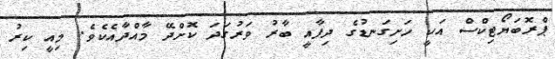
ޕްރޮބަޔޯޓިކްސް އަކީ ހަށިގަނޑުގެ ދިފާއީ ބާރު ވަރުގަދަ ކޮށްދޭ މާއްދާއެކެވެ. މިއީ ކިރު